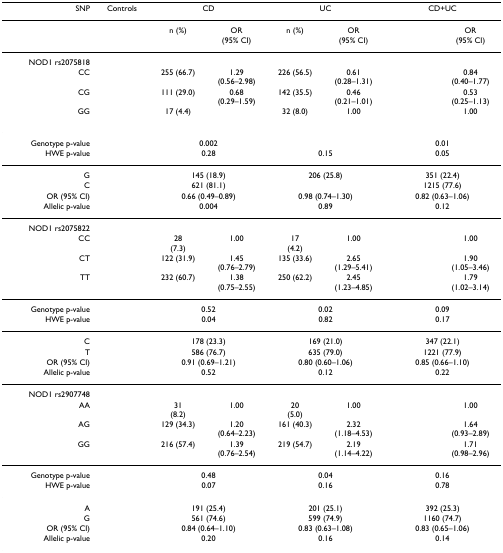
<table><thead><tr><td><b>SNP</b></td><td><b>Controls</b></td><td colspan="2"><b>CD</b></td><td colspan="2"><b>UC</b></td><td colspan="2"><b>CD+UC</b></td></tr></thead><tbody><tr><td>[EMPTY_CELL]</td><td>[EMPTY_CELL]</td><td>n (%)</td><td>OR(95% CI)</td><td>n (%)</td><td>OR(95% CI)</td><td>[EMPTY_CELL]</td><td>OR(95% CI)</td></tr><tr><td>NOD1 rs2075818</td><td>[EMPTY_CELL]</td><td>[EMPTY_CELL]</td><td>[EMPTY_CELL]</td><td>[EMPTY_CELL]</td><td>[EMPTY_CELL]</td><td>[EMPTY_CELL]</td><td>[EMPTY_CELL]</td></tr><tr><td>CC</td><td>[EMPTY_CELL]</td><td>255 (66.7)</td><td>1.29(0.56–2.98)</td><td>226 (56.5)</td><td>0.61(0.28–1.31)</td><td>[EMPTY_CELL]</td><td>0.84(0.40–1.77)</td></tr><tr><td>CG</td><td>[EMPTY_CELL]</td><td>111 (29.0)</td><td>0.68(0.29–1.59)</td><td>142 (35.5)</td><td>0.46(0.21–1.01)</td><td>[EMPTY_CELL]</td><td>0.53(0.25–1.13)</td></tr><tr><td>GG</td><td>[EMPTY_CELL]</td><td>17 (4.4)</td><td>[EMPTY_CELL]</td><td>32 (8.0)</td><td>1.00</td><td>[EMPTY_CELL]</td><td>1.00</td></tr><tr><td>Genotype p-value</td><td>[EMPTY_CELL]</td><td colspan="2">0.002</td><td colspan="2">[EMPTY_CELL]</td><td colspan="2">0.01</td></tr><tr><td>HWE p-value</td><td>[EMPTY_CELL]</td><td colspan="2">0.28</td><td colspan="2">0.15</td><td colspan="2">0.05</td></tr><tr><td>G</td><td>[EMPTY_CELL]</td><td colspan="2">145 (18.9)</td><td colspan="2">206 (25.8)</td><td colspan="2">351 (22.4)</td></tr><tr><td>C</td><td>[EMPTY_CELL]</td><td colspan="2">621 (81.1)</td><td colspan="2">[EMPTY_CELL]</td><td colspan="2">1215 (77.6)</td></tr><tr><td>OR (95% CI)</td><td>[EMPTY_CELL]</td><td colspan="2">0.66 (0.49–0.89)</td><td colspan="2">0.98 (0.74–1.30)</td><td colspan="2">0.82 (0.63–1.06)</td></tr><tr><td>Allelic p-value</td><td>[EMPTY_CELL]</td><td colspan="2">0.004</td><td colspan="2">0.89</td><td colspan="2">0.12</td></tr><tr><td>NOD1 rs2075822</td><td>[EMPTY_CELL]</td><td>[EMPTY_CELL]</td><td>[EMPTY_CELL]</td><td>[EMPTY_CELL]</td><td>[EMPTY_CELL]</td><td>[EMPTY_CELL]</td><td>[EMPTY_CELL]</td></tr><tr><td>CC</td><td>[EMPTY_CELL]</td><td>28(7.3)</td><td>1.00</td><td>17(4.2)</td><td>1.00</td><td>[EMPTY_CELL]</td><td>1.00</td></tr><tr><td>CT</td><td>[EMPTY_CELL]</td><td>122 (31.9)</td><td>1.45(0.76–2.79)</td><td>135 (33.6)</td><td>2.65(1.29–5.41)</td><td>[EMPTY_CELL]</td><td>1.90(1.05–3.46)</td></tr><tr><td>TT</td><td>[EMPTY_CELL]</td><td>232 (60.7)</td><td>1.38(0.75–2.55)</td><td>250 (62.2)</td><td>2.45(1.23–4.85)</td><td>[EMPTY_CELL]</td><td>1.79(1.02–3.14)</td></tr><tr><td>Genotype p-value</td><td>[EMPTY_CELL]</td><td colspan="2">0.52</td><td colspan="2">0.02</td><td colspan="2">0.09</td></tr><tr><td>HWE p-value</td><td>[EMPTY_CELL]</td><td colspan="2">0.04</td><td colspan="2">0.82</td><td colspan="2">0.17</td></tr><tr><td>C</td><td>[EMPTY_CELL]</td><td colspan="2">178 (23.3)</td><td colspan="2">169 (21.0)</td><td colspan="2">347 (22.1)</td></tr><tr><td>T</td><td>[EMPTY_CELL]</td><td colspan="2">586 (76.7)</td><td colspan="2">635 (79.0)</td><td colspan="2">1221 (77.9)</td></tr><tr><td>OR (95% CI)</td><td>[EMPTY_CELL]</td><td colspan="2">0.91 (0.69–1.21)</td><td colspan="2">0.80 (0.60–1.06)</td><td colspan="2">0.85 (0.66–1.10)</td></tr><tr><td>Allelic p-value</td><td>[EMPTY_CELL]</td><td colspan="2">0.52</td><td colspan="2">0.12</td><td colspan="2">0.22</td></tr><tr><td>NOD1 rs2907748</td><td>[EMPTY_CELL]</td><td>[EMPTY_CELL]</td><td>[EMPTY_CELL]</td><td>[EMPTY_CELL]</td><td>[EMPTY_CELL]</td><td>[EMPTY_CELL]</td><td>[EMPTY_CELL]</td></tr><tr><td>AA</td><td>[EMPTY_CELL]</td><td>31(8.2)</td><td>1.00</td><td>20(5.0)</td><td>1.00</td><td>[EMPTY_CELL]</td><td>1.00</td></tr><tr><td>AG</td><td>[EMPTY_CELL]</td><td>129 (34.3)</td><td>1.20(0.64–2.23)</td><td>161 (40.3)</td><td>2.32(1.18–4.53)</td><td>[EMPTY_CELL]</td><td>1.64(0.93–2.89)</td></tr><tr><td>GG</td><td>[EMPTY_CELL]</td><td>216 (57.4)</td><td>1.39(0.76–2.54)</td><td>219 (54.7)</td><td>2.19(1.14–4.22)</td><td>[EMPTY_CELL]</td><td>1.71(0.98–2.96)</td></tr><tr><td>Genotype p-value</td><td>[EMPTY_CELL]</td><td colspan="2">0.48</td><td colspan="2">0.04</td><td colspan="2">0.16</td></tr><tr><td>HWE p-value</td><td>[EMPTY_CELL]</td><td colspan="2">0.07</td><td colspan="2">0.16</td><td colspan="2">0.78</td></tr><tr><td>A</td><td>[EMPTY_CELL]</td><td colspan="2">191 (25.4)</td><td colspan="2">201 (25.1)</td><td colspan="2">392 (25.3)</td></tr><tr><td>G</td><td>[EMPTY_CELL]</td><td colspan="2">561 (74.6)</td><td colspan="2">599 (74.9)</td><td colspan="2">1160 (74.7)</td></tr><tr><td>OR (95% CI)</td><td>[EMPTY_CELL]</td><td colspan="2">0.84 (0.64–1.10)</td><td colspan="2">0.83 (0.63–1.08)</td><td colspan="2">0.83 (0.65–1.06)</td></tr><tr><td>Allelic p-value</td><td>[EMPTY_CELL]</td><td colspan="2">0.20</td><td colspan="2">0.16</td><td colspan="2">0.14</td></tr></tbody></table>